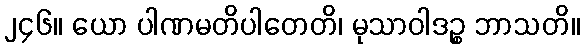
၂၄၆။ ယော ပါဏမတိပါတေတိ၊ မုသာဝါဒဉ္စ ဘာသတိ။